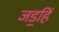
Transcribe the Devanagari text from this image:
जड॒हिं